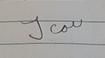
Signature authenticity: forged